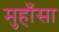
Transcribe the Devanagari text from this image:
मुहाँसा